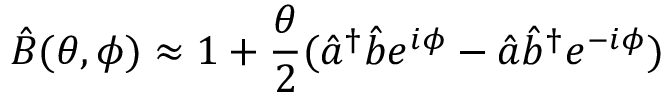
\hat { B } ( \theta , \phi ) \approx 1 + \frac { \theta } { 2 } ( \hat { a } ^ { \dag } \hat { b } e ^ { i \phi } - \hat { a } \hat { b } ^ { \dag } e ^ { - i \phi } )